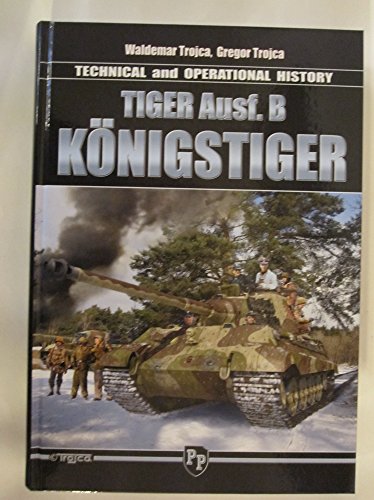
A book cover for Tiger Ausf. B KÃ¶nigstiger, Technical and Operational History; Waldemar Trojca; History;